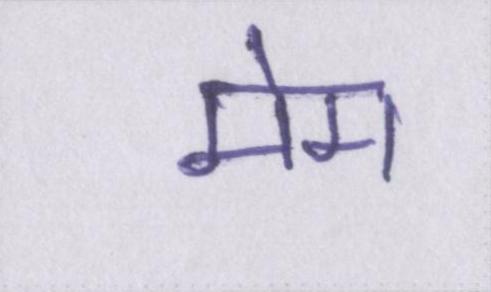
मेम